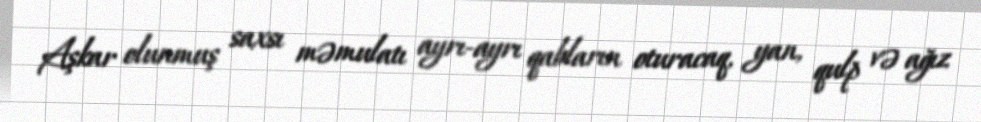
Aşkar olunmuş saxsı məmulatı ayrı-ayrı qabların oturacaq, yan, qulp və ağız